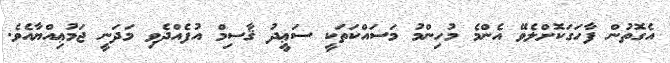
އެގޮތުން ފާހަގަކޮށްލެވޭ އެންމެ މުހިންމު މަސައްކަތަކީ ސަޢީދު ޤާސިމް އުފެއްދެވި މަދަނީ ޖަމުޢިއްޔާއެވެ.